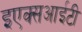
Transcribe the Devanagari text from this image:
इएक्सआईटी